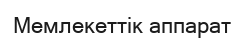
Мемлекеттік аппарат